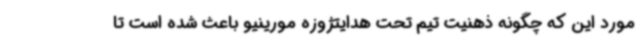
مورد این که چگونه ذهنیت تیم تحت هدایتژوزه مورینیو باعث شده است تا